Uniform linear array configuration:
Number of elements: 16
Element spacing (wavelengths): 0.75
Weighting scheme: hann
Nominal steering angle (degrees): -45
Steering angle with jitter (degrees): -44.533
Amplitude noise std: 0.05
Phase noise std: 0.05

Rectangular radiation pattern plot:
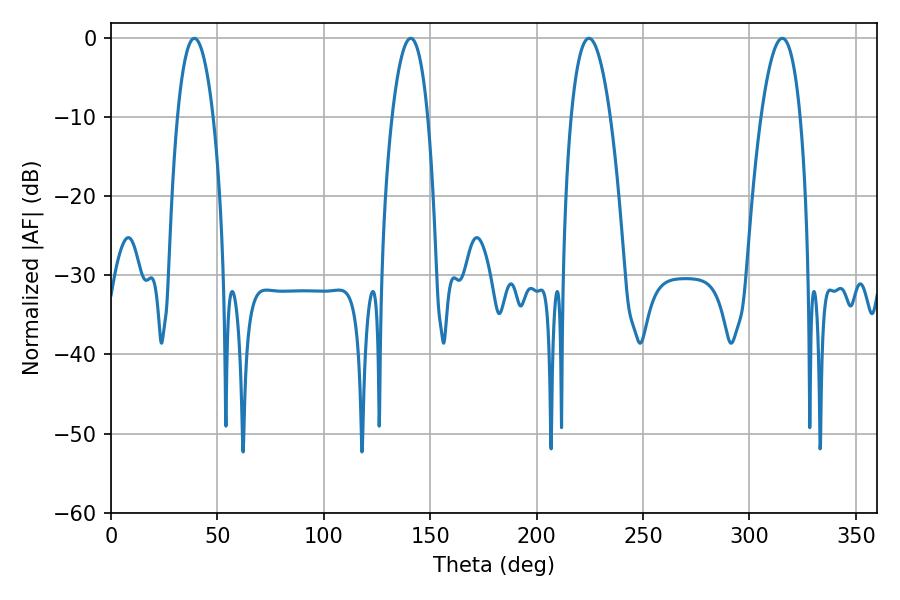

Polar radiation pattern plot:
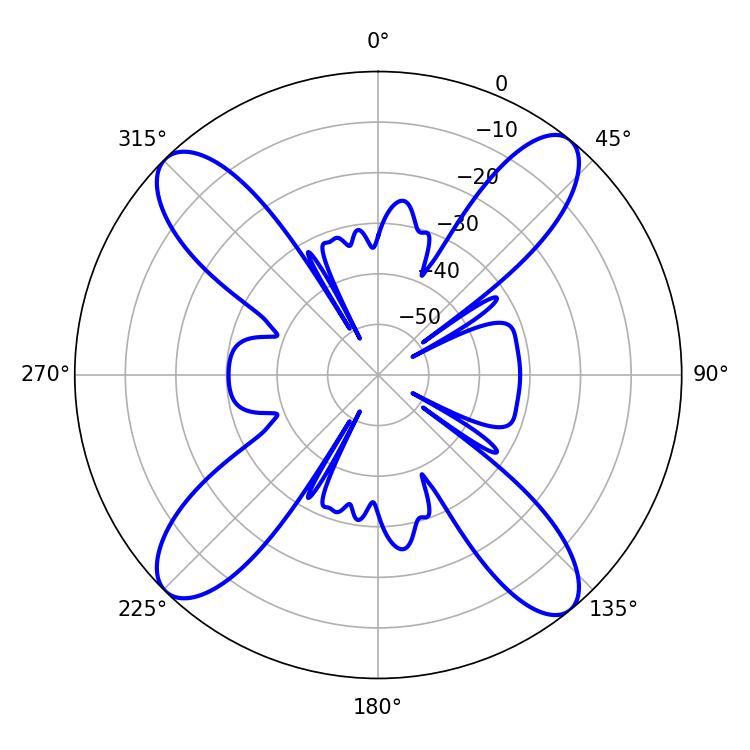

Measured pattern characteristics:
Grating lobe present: TRUE
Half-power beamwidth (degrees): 10.08
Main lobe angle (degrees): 224.64